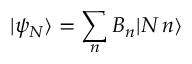
| \psi _ { N } \rangle = \sum _ { n } B _ { n } | N \, n \rangle